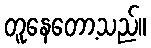
တူနေတော့သည်။